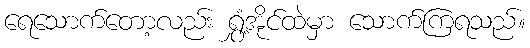
ရေသောက်တော့လည်း ရွှံ့အိုင်ထဲမှာ သောက်ကြရသည်။